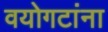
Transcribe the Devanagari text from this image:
वयोगटांना